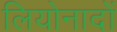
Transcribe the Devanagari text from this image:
लियोनादों